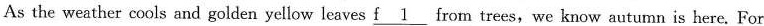
As the weather cools and golden yellow leaves \underline{f1} from trees,we know autumn is here. For